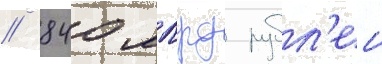
/ 840 млрд рубл'еи